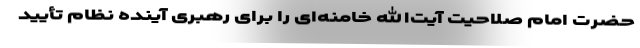
حضرت امام صلاحیت آیت‌الله خامنه‌ای را برای رهبری آینده نظام تأیید